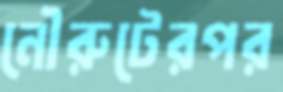
নৌরুটেরপর